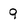
Character: 9